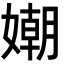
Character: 𡡲